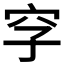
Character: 𥤪